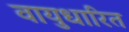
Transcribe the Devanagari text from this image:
वायुधारित